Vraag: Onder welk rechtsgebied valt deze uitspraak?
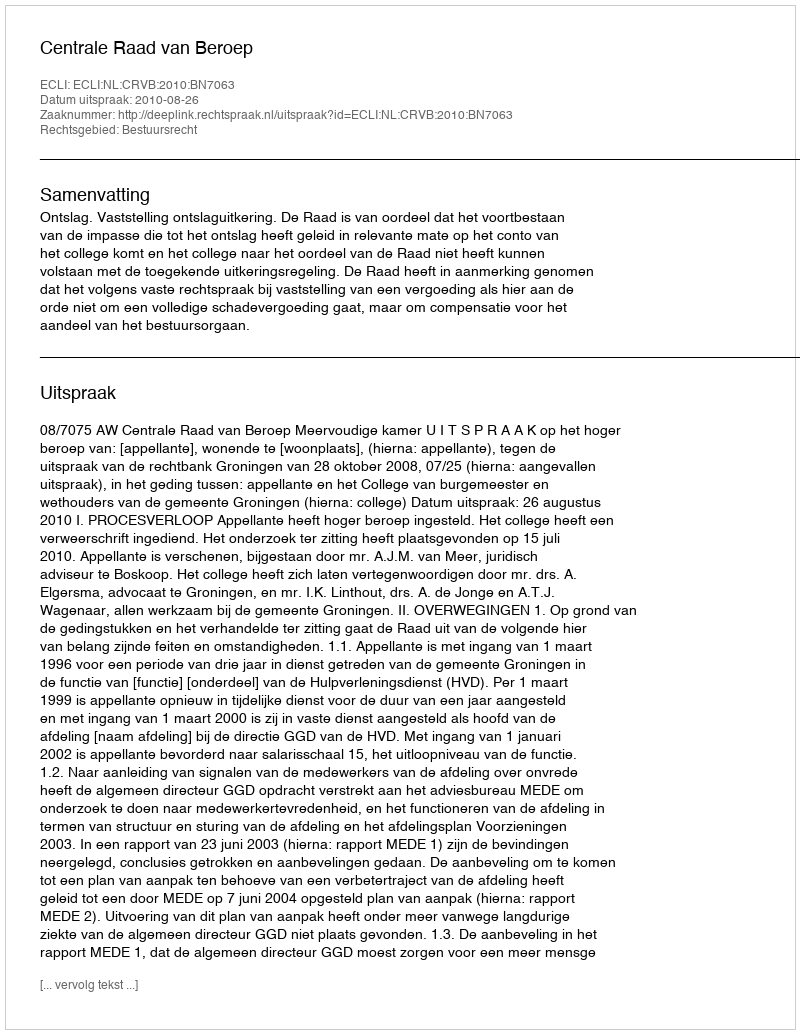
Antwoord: Bestuursrecht